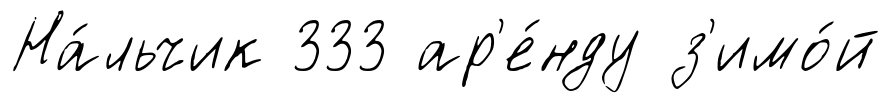
На́льчик 333 ар'е́нду з'имо́й